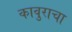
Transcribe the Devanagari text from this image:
कावुराचा